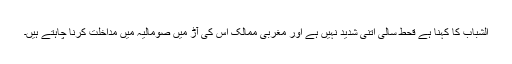
الشباب کا کہنا ہے قحط سالی اتنی شدید نہیں ہے اور مغربی ممالک اس کی آڑ میں صومالیہ میں مداخلت کرنا چاہتے ہیں۔